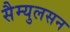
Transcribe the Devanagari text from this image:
सैम्युलसन